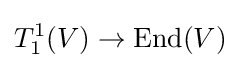
T_{1}^{1}(V)\to \mathrm {End} (V)